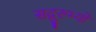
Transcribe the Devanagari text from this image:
सद्गुरुभ्यो